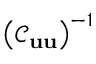
\left( \mathcal { C } _ { \bf u u } \right) ^ { - 1 }